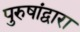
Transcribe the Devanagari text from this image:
पुरुषांद्वारा